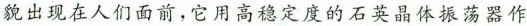
貌出现在人们面前，它用高稳定度的石英晶体振荡器作